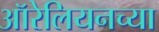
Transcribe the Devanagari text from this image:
ऑरेलियनच्या